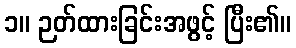
၁။ ဉတ်ထားခြင်းအဖွင့် ပြီး၏။